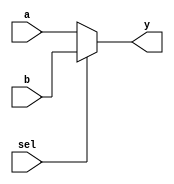
module mux21
(
input a,b,sel,
output y
);
 
assign y = (sel == 1'b0) ? a : b;
 
 
endmodule